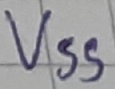
Text: VSS